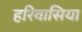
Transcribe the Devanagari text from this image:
हरिवासिया